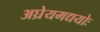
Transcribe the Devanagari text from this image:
अघ्रेयमद्ययोः